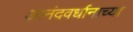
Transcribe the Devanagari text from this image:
आनंदवर्धानाच्या